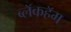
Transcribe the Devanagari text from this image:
ब्लॅकहॅम